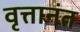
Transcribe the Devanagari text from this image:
वृत्तानंत